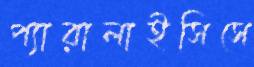
প্যারালাইসিসে